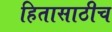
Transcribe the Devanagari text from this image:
हितासाठीच